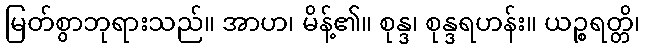
မြတ်စွာဘုရားသည်။ အာဟ၊ မိန့်၏။ စုန္ဒ၊ စုန္ဒရဟန်း။ ယဉ္စရတ္တိ၊